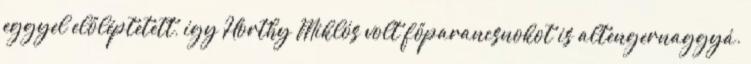
eggyel előléptetett, így Horthy Miklós volt főparancsnokot is altengernaggyá.